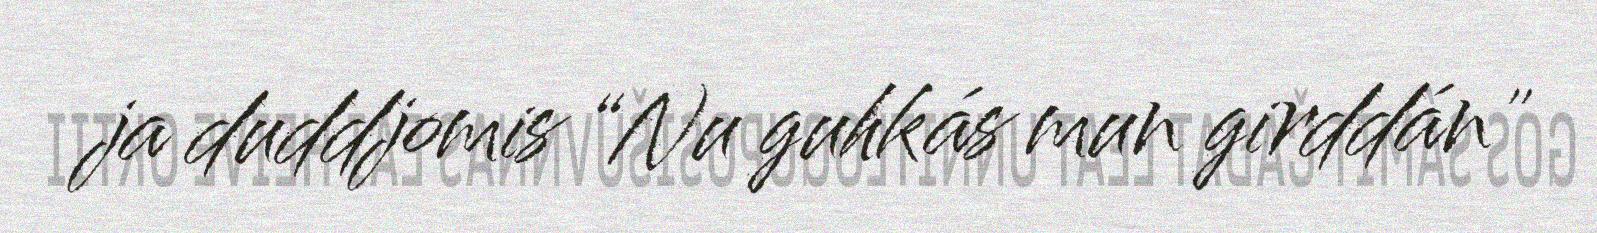
ja duddjomis “Nu guhkás mun girddán"